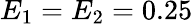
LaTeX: E_{1}=E_{2}=0.25